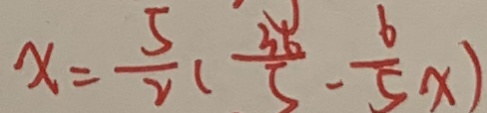
x = \frac { 5 } { 2 } ( \frac { 3 6 } { 5 } - \frac { 6 } { 5 } x )